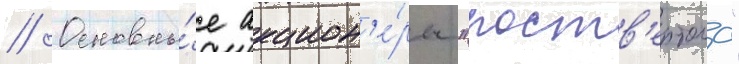
// Основны́е акцион'е́ры "роств'ертола"